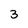
Character: 3